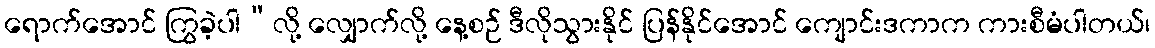
ရောက်အောင် ကြွခဲ့ပါ”လို့ လျှောက်လို့ နေ့စဉ် ဒီလိုသွားနိုင် ပြန်နိုင်အောင် ကျောင်းဒကာက ကားစီမံပါတယ်၊